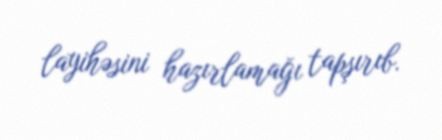
layihəsini hazırlamağı tapşırıb.